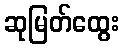
ဆုမြတ်ထွေး